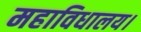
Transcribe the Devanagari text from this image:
महाविधालय।